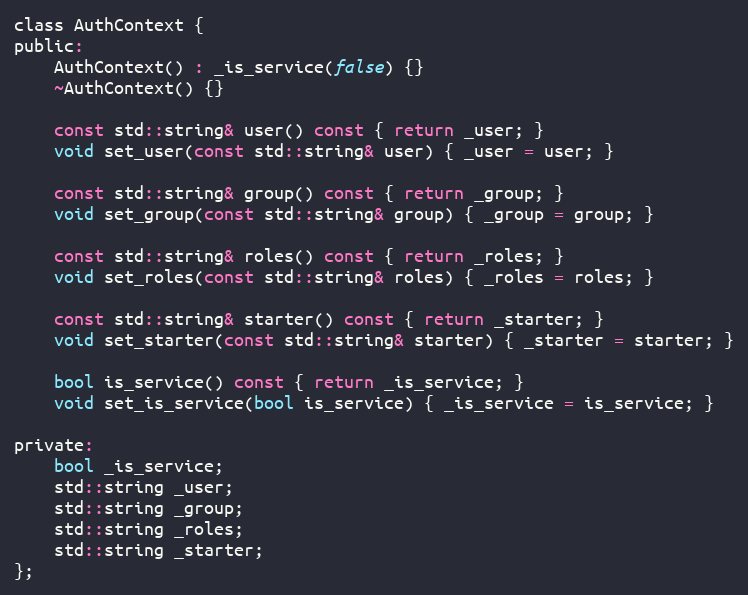
Language: C
class AuthContext {
public:
    AuthContext() : _is_service(false) {}
    ~AuthContext() {}

    const std::string& user() const { return _user; }
    void set_user(const std::string& user) { _user = user; }

    const std::string& group() const { return _group; }
    void set_group(const std::string& group) { _group = group; }

    const std::string& roles() const { return _roles; }
    void set_roles(const std::string& roles) { _roles = roles; }

    const std::string& starter() const { return _starter; }
    void set_starter(const std::string& starter) { _starter = starter; }

    bool is_service() const { return _is_service; }
    void set_is_service(bool is_service) { _is_service = is_service; }

private:
    bool _is_service;
    std::string _user;
    std::string _group;
    std::string _roles;
    std::string _starter;
};